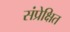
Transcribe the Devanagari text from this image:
संप्रेक्षित